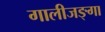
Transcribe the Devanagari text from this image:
गालीजङ्गा